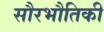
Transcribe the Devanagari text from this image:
सौरभौतिकी